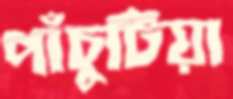
পাঁচুটিয়া